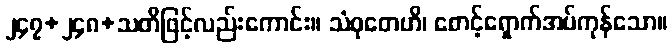
၂၄၇+၂၄၈+သတိဖြင့်လည်းကောင်း။ သံဝုတေဟိ၊ စောင့်ရှောက်အပ်ကုန်သော။